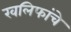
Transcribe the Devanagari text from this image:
खलिफांचे